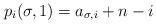
LaTeX: \begin{align*} p_{i}(\sigma,1)=a_{\sigma,i}+n-i \end{align*}